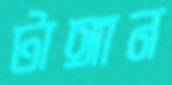
টাঙ্গান